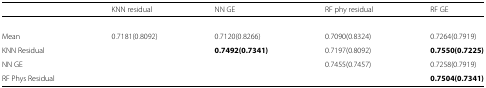
|  | KNN residual | NN GE | RF phy residual | RF GE |
 | --- | --- | --- | --- | --- |
 | Mean | 0.7181(0.8092) | 0.7120(0.8266) | 0.7090(0.8324) | 0.7264(0.7919) |
 | KNN Residual |  | 0.7492(0.7341) | 0.7197(0.8092) | 0.7550(0.7225) |
 | NN GE |  |  | 0.7455(0.7457) | 0.7258(0.7919) |
 | RF Phys Residual |  |  |  | 0.7504(0.7341) |